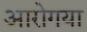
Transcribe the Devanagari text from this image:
आरोगया